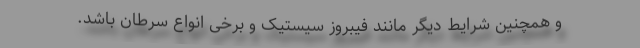
و همچنین شرایط دیگر مانند فیبروز سیستیک و برخی انواع سرطان باشد.